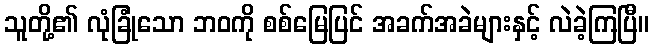
သူတို့၏ လုံခြုံသော ဘဝကို စစ်မြေပြင် အခက်အခဲများနှင့် လဲခဲ့ကြပြီ။